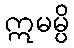
ဣမမ္ပိ